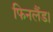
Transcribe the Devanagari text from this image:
फिनलैंड।